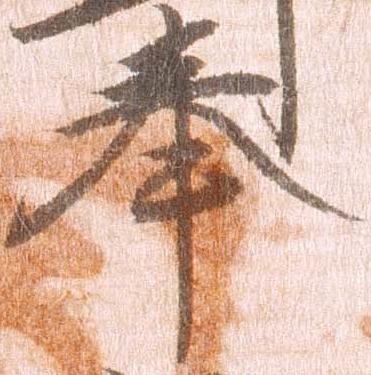
奉